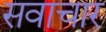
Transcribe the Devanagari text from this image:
सवाचार